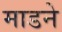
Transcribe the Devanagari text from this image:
माडने